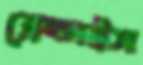
ব্রেন্ডাইস